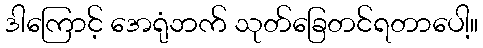
ဒါကြောင့် အေရုံဘက် သုတ်ခြေတင်ရတာပေါ့။